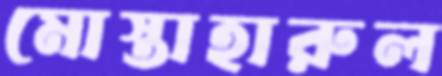
মোস্তাহারুল